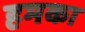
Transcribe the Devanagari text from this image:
हमका